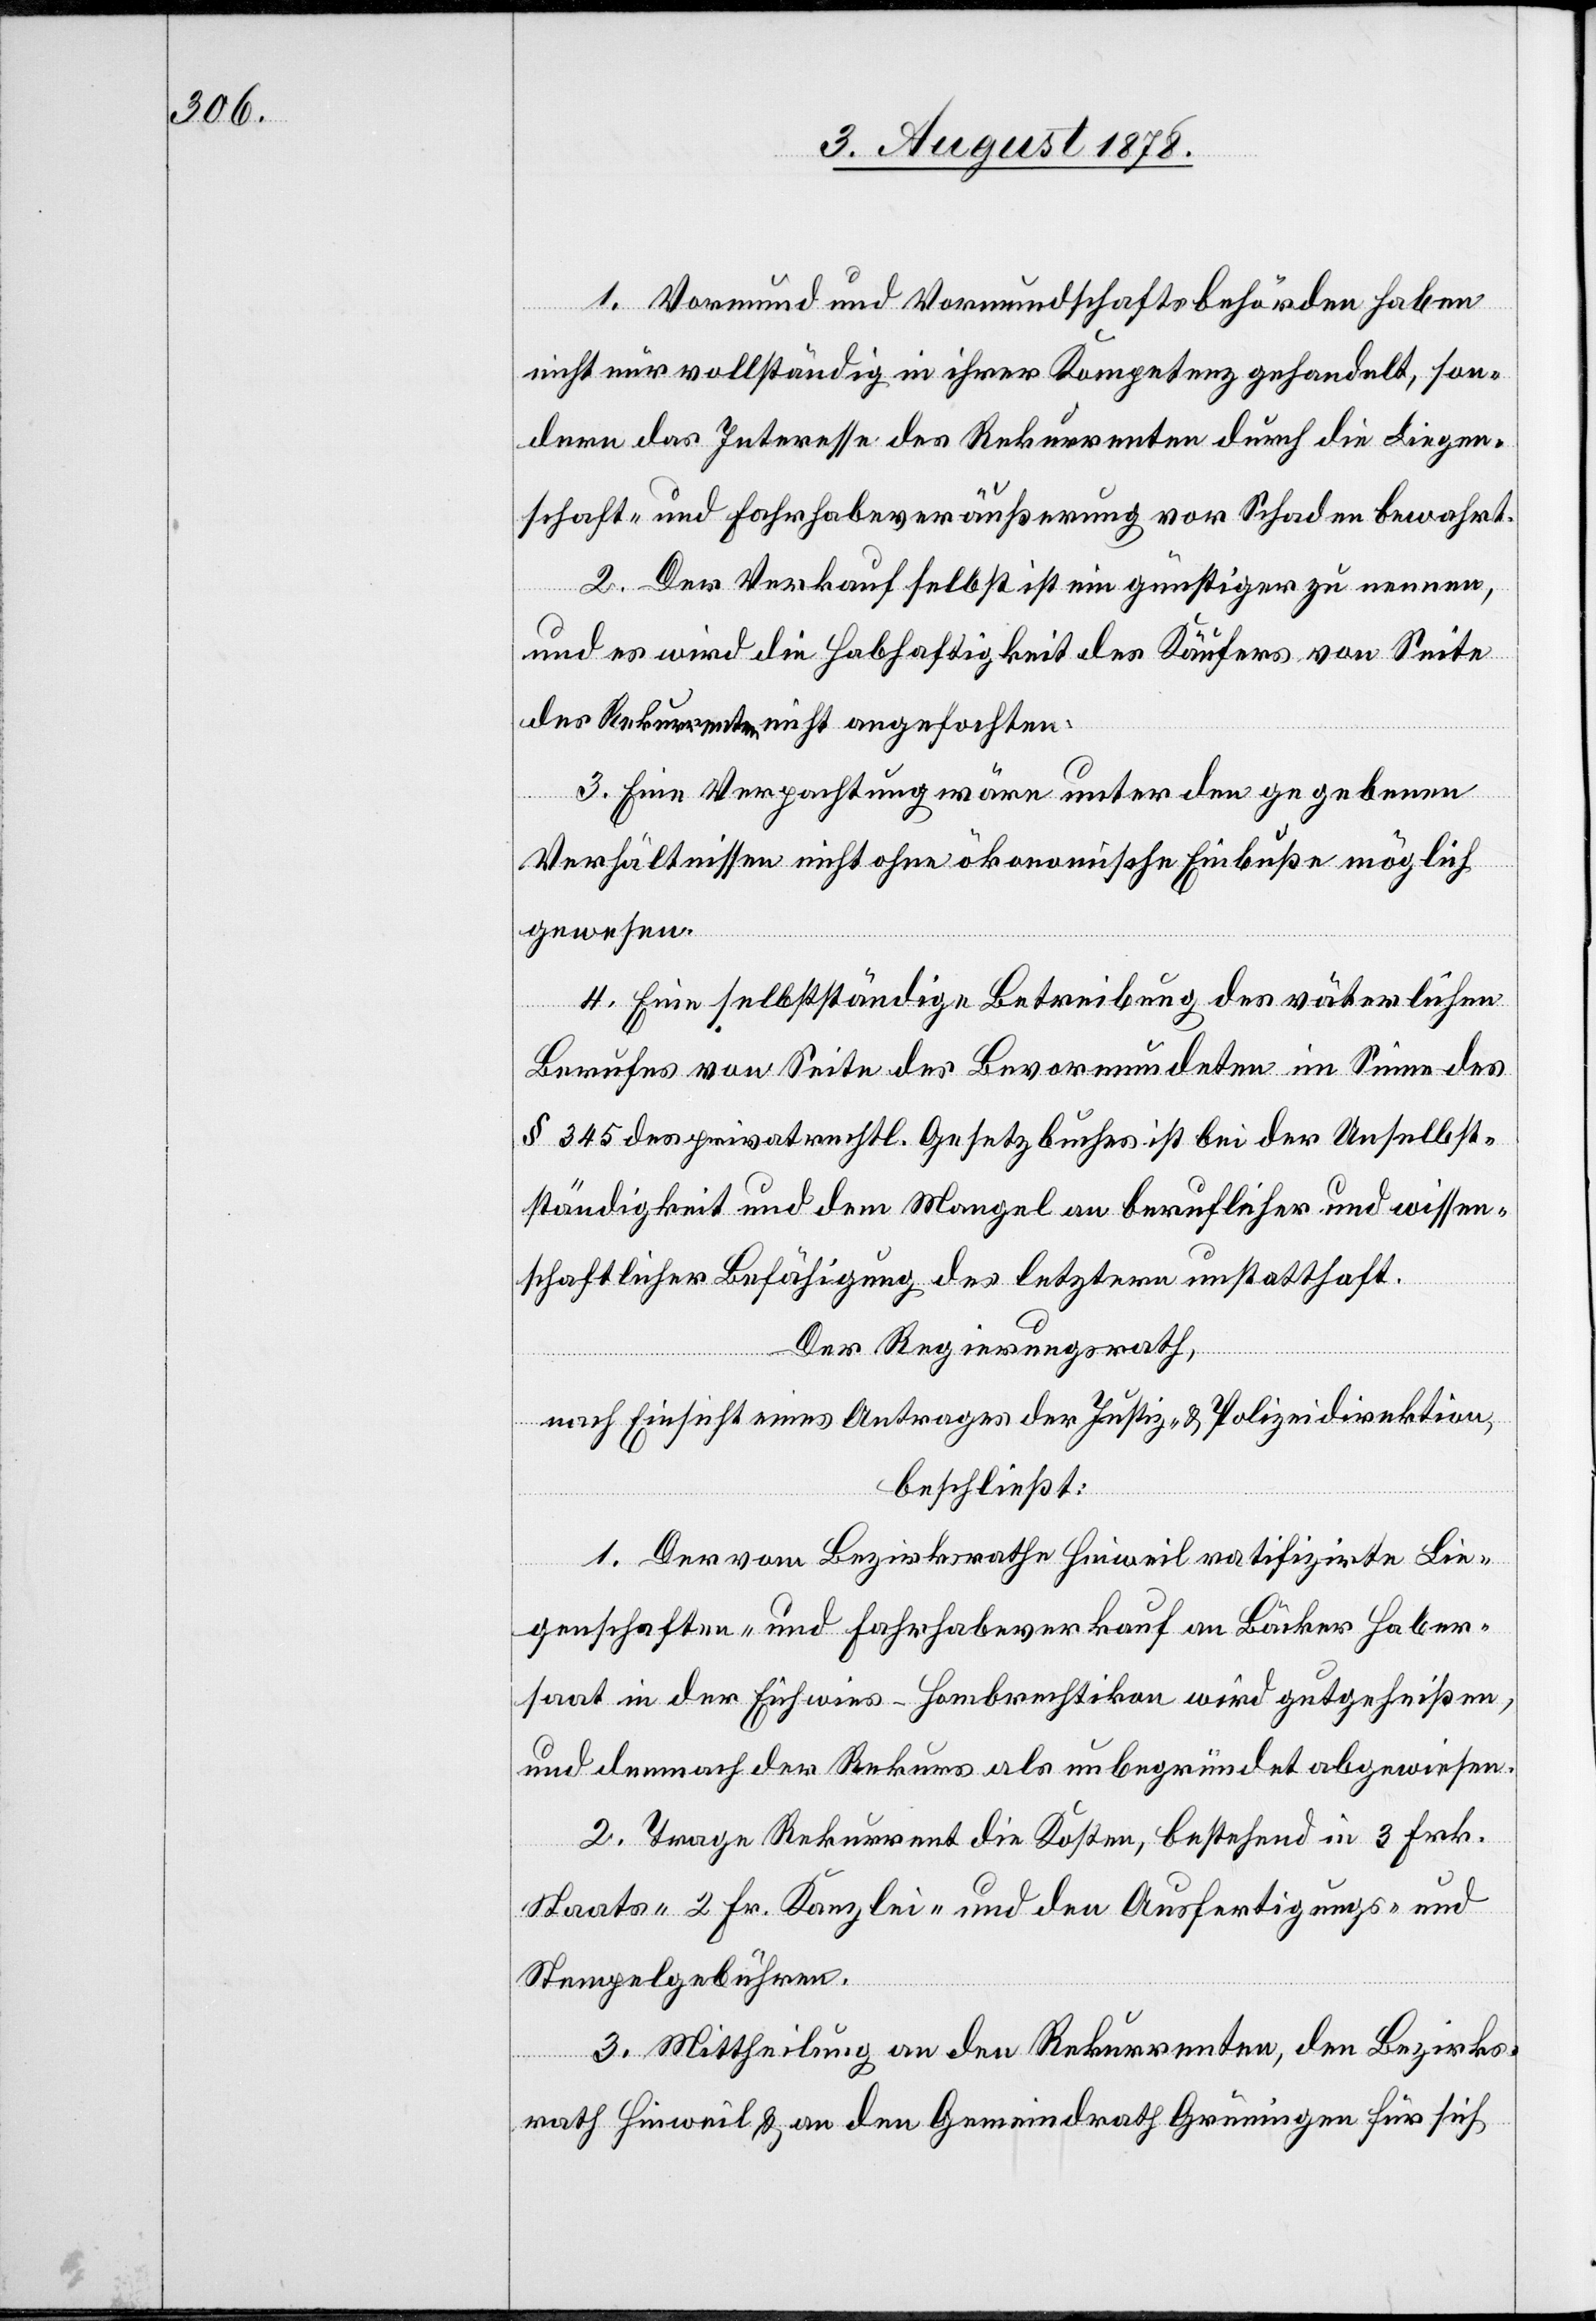
1. Vormund und Vormundschaftsbehörden haben
nicht nur vollständig in ihrer Kompetenz gehandelt, son¬
dern das Interesse des Rekurrenten durch die Liegen¬
schaft- und Fahrhabensveräußerung von Schaden bewahrt.
2. Der Verkauf selbst ist ein günstiger zu nennen,
und es wird die Habhaftigkeit des Käufers von Seite
der Rekurrenten nicht angefochten.
3. Eine Verpachtung wäre unter den gegebenen
Verhältnissen nicht ohne ökonomische Einbuße möglich
gewesen.
4. Eine selbstständige Betreibung des väterlichen
Berufes von Seite des Bevormundeten im Sinne des
§ 345 des privatrechtl. Gesetzbuches ist bei der Unselbst¬
ständigkeit und dem Mangel an beruflicher und wissen¬
schaftlicher Befähigung des letztern unstatthaft.
Der Regierungsrath,
nach Einsicht eines Antrages der Justiz- & Polizeidirektion,
beschließt:
1. Der vom Bezirksrath Hinweil ratifizirte Lie¬
genschaften- und Fahrhabeverkauf an Bäcker Haber¬
saat in der Eichwies - Hombrechtikon wird gutgeheißen,
und demnach der Rekurs als unbegründet abgewiesen.
2. Trage Rekurrent die Kosten, bestehend in 3 Frk.
Staats-[,] 2 Fr. Kanzlei- und den Ausfertigungs- und
Stempelgebühren.
3. Mittheilung an den Rekurrenten, den Bezirks¬
rath Hinweil & an den Gemeindrath Grüningen für sich